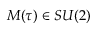
\ensuremath { M ( \tau ) } \in S U ( 2 )